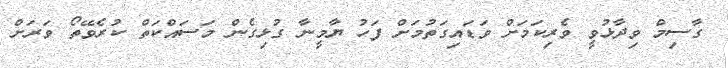
ގާސިމް ވިދާޅުވީ ވެރިކަމަށް ވަޑައިގަތުމަށް ފަހު ޔާމީނާ ގުޅިގެން މަސައްކަތް ކުރެވޭތޯ ވަރަށް